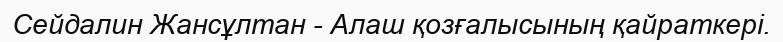
Сейдалин Жансұлтан - Алаш қозғалысының қайраткері.